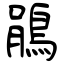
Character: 鵑